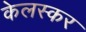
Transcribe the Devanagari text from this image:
केलस्कर